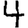
Digit: 4